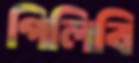
গিলিবি